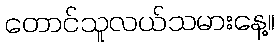
တောင်သူလယ်သမားနေ့။